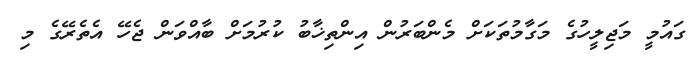
ގައުމީ މަޖިލީހުގެ މަގާމުތަކަށް މެންބަރުން އިންތިޚާބު ކުރުމަށް ބާއްވަން ޖެހޭ އެތެރޭގެ މި